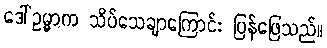
ဒေါ်ဥမ္မာက သိပ်သေချာကြောင်း ပြန်ဖြေသည်။